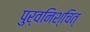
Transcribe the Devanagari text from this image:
पुर्वनिश्चित्